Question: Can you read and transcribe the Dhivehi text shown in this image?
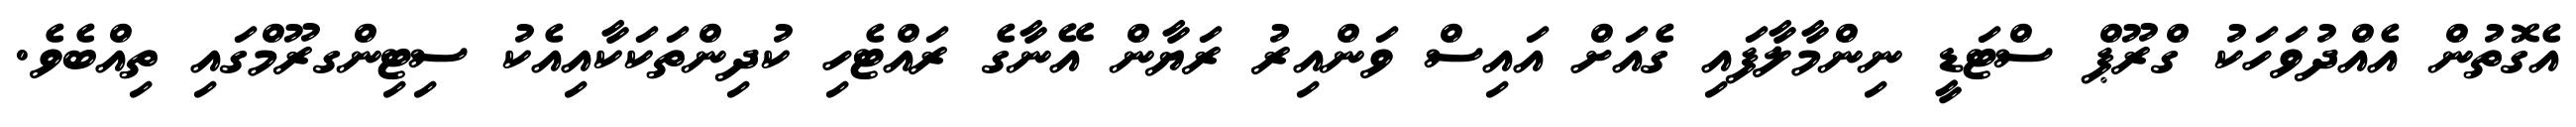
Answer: އެގޮތުން އެއްދުވަހަކު ގްރޫޕް ސްޓަޑީ ނިންމާލާފައި ގެއަށް އައިސް ވަންއިރު ރަޔާން އޭނާގެ ރައްޓެހި ކުދިންތަކަކާއިއެކު ސިޓިންގރޫމްގައި ތިއްބެވެ.